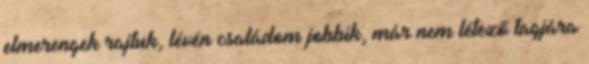
elmerengek rajtuk, lévén családom jobbik, már nem létező tagjára